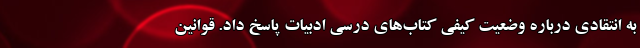
به انتقادی درباره وضعیت کیفی کتاب‌های درسی ادبیات پاسخ داد. قوانین